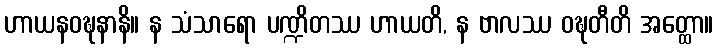
ဟာယနဝဍ္ဎနာနိ။ န သံသာရော ပဏ္ဍိတဿ ဟာယတိ, န ဗာလဿ ဝဍ္ဎတီတိ အတ္ထော။